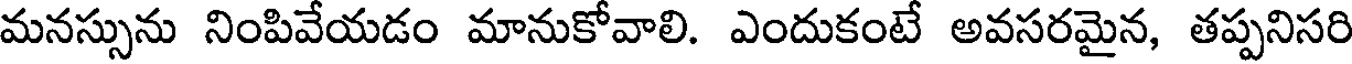
మనస్సును నింపివేయడం మానుకోవాలి. ఎందుకంటే అవసరమైన, తప్పనిసరి